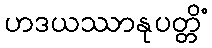
ဟဒယဿာနုပတ္တိံ